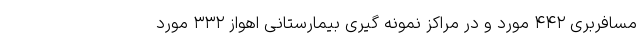
مسافربری ۴۴۲ مورد و در مراکز نمونه گیری بیمارستانی اهواز ۳۳۲ مورد